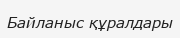
Байланыс құралдары